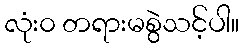
လုံး၀ တရားမစွဲသင့်ပါ။